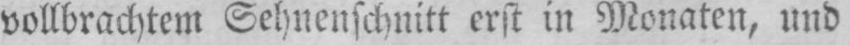
vollbrachtem Sehnenschnitt erst in Monaten, und